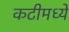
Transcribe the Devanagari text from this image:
कटीमध्ये